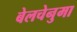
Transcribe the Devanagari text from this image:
बेलचेनुमा